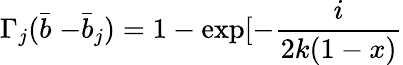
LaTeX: \Gamma_{j}(\stackrel{\_ }{b}-\stackrel{\_ }{b}_{j})=1-\exp[-\frac{i}{2k(1-x)}